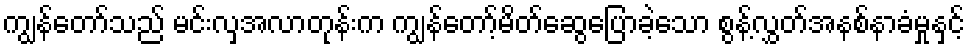
ကျွန်တော်သည် မင်းလှအလာတုန်းက ကျွန်တော့်မိတ်ဆွေပြောခဲ့သော စွန့်လွှတ်အနစ်နာခံမှုနှင့်